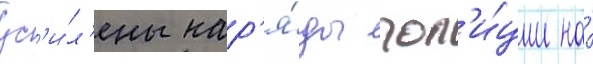
ус'и́л'ены нар'я́ды пол'и́ции на́